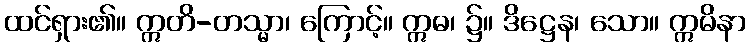
ထင်ရှား၏။ ဣတိ-တသ္မာ၊ ကြောင့်။ ဣဓ၊ ၌။ ဒိဋ္ဌေန၊ သော။ ဣမိနာ